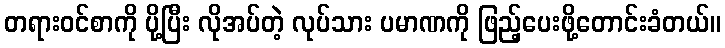
တရားဝင်စာကို ပို့ပြီး လိုအပ်တဲ့ လုပ်သား ပမာဏကို ဖြည့်ပေးဖို့တောင်းခံတယ်။